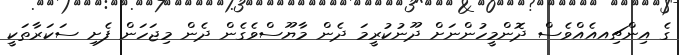
ގެ އިންޗިއއެއްވެސް ދޮންމީހުންނަށް ދޫނުކުރީމަ ދެން މާޔޫސްވެގެން ދެން މިޖަހަން ފެށި ސަކަރާތަކީ